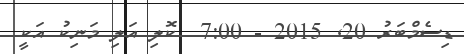
ޑިސެމްބަރު 20